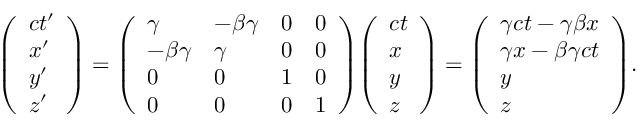
{ \left( \begin{array} { l } { c t ^ { \prime } } \\ { x ^ { \prime } } \\ { y ^ { \prime } } \\ { z ^ { \prime } } \end{array} \right) } = { \left( \begin{array} { l l l l } { \gamma } & { - \beta \gamma } & { 0 } & { 0 } \\ { - \beta \gamma } & { \gamma } & { 0 } & { 0 } \\ { 0 } & { 0 } & { 1 } & { 0 } \\ { 0 } & { 0 } & { 0 } & { 1 } \end{array} \right) } { \left( \begin{array} { l } { c t } \\ { x } \\ { y } \\ { z } \end{array} \right) } = { \left( \begin{array} { l } { \gamma c t - \gamma \beta x } \\ { \gamma x - \beta \gamma c t } \\ { y } \\ { z } \end{array} \right) } .